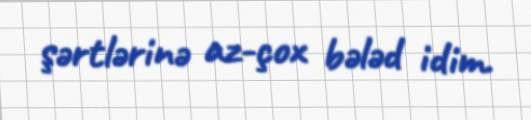
şərtlərinə az-çox bələd idim.